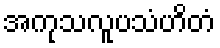
အကုသလူပသံဟိတံ